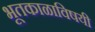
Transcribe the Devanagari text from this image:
भूतकाळाविषयी